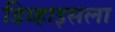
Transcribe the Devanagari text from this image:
डिव्हाइसला